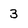
Character: 3